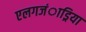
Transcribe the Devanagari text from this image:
एलगजंाड्रिया